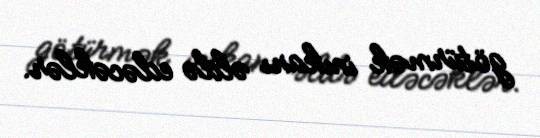
götürmək imkanı əldə edəcəklər.